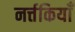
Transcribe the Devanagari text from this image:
नर्त्तकियाँ